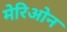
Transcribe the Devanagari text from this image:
मेरिओन